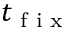
t _ { \tiny { \textrm { f i x } } }